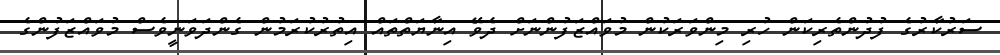
ސަރުކާރުގެ ފުދުންތެރިކަން ހުރި މިންވަރަކުން މުވައްޒަފުންނަށް ދެވޭ އިނާޔަތްތައް އިތުރުކުރަމުން ގެންދަވަނީވެސް މުވައްޒަފުންގެ